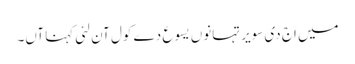
میں اَج دی سویر تہانوں یسوع دے کول آن لئی کہنا آں۔